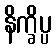
နိက္ခိပ္ပ